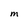
Character: M